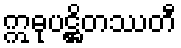
ဣဓုပဋ္ဌိတဿတီ